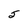
Character: 5